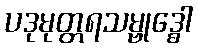
ပဒုမုတ္တရသမ္ဗုဒ္ဓေါ